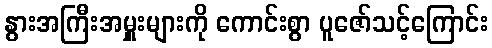
နွားအကြီးအမှူးများကို ကောင်းစွာ ပူဇော်သင့်ကြောင်း